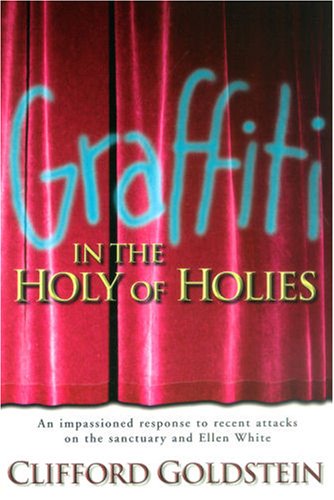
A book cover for Graffiti in the Holy of Holies: An Impassioned Response to Recent Attacks on the Sanctuary and Ellen White; Clifford Goldstein; Christian Books & Bibles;